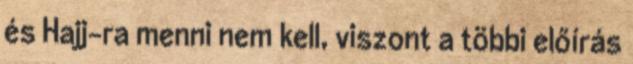
és Hajj-ra menni nem kell, viszont a többi előírás